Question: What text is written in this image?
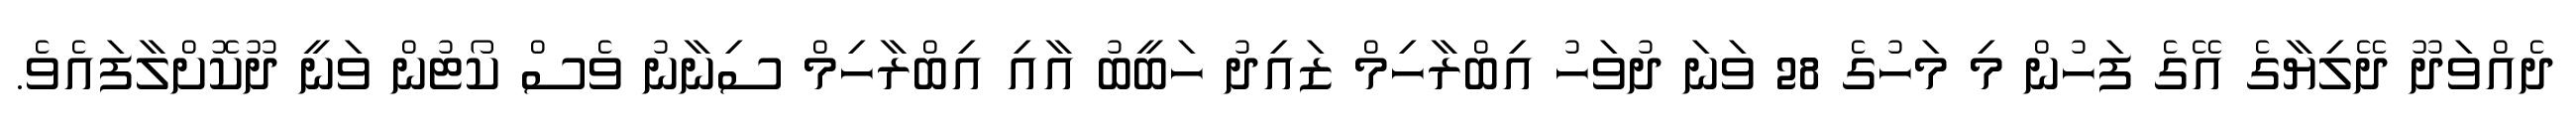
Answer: ދެއްވަދޫ ދޭލިޔާގެ އޭގެ ފަހުން މި މަހުގެ 28 ވަނަ ދުވަހު އިބްރާހިމް ޒައިދު ހަބީބު އާއި އިބްރާހިމް ސިނާނު ވެސް ކޯޓުން ވަނީ ދޫކޮށްލާފައެވެ.